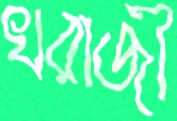
খরাজী